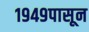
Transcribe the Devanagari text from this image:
१९४९पासून